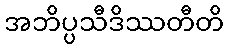
အဘိပ္ပသီဒိဿတီတိ